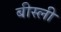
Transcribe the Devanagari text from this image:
बीस्ली